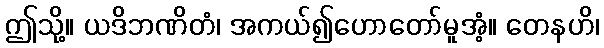
ဤသို့။ ယဒိဘဏိတံ၊ အကယ်၍ဟောတော်မူအံ့။ တေနဟိ၊